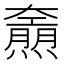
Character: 𤑌